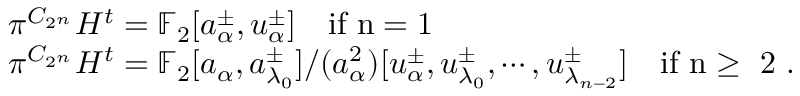
\begin{array} { r l } & { \pi _ { \bigstar } ^ { C _ { 2 ^ { n } } } H ^ { t } = \mathbb { F } _ { 2 } [ a _ { \alpha } ^ { \pm } , u _ { \alpha } ^ { \pm } ] \quad \mathrm { i f ~ n = 1 ~ } } \\ & { \pi _ { \bigstar } ^ { C _ { 2 ^ { n } } } H ^ { t } = \mathbb { F } _ { 2 } [ a _ { \alpha } , a _ { \lambda _ { 0 } } ^ { \pm } ] / ( a _ { \alpha } ^ { 2 } ) [ u _ { \alpha } ^ { \pm } , u _ { \lambda _ { 0 } } ^ { \pm } , \cdots , u _ { \lambda _ { n - 2 } } ^ { \pm } ] \quad \mathrm { i f ~ n \geq ~ 2 ~ } . } \end{array}